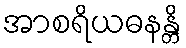
အာစရိယဓနန္တိ